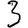
Digit: 3